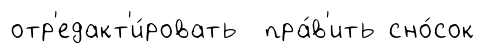
отр'едакт'и́ровать пра́в'ить сно́сок